Annual report of the Punjab Veterinary College and of the Civil Veterinary Department, Punjab - 1909-1919
Year: 1909
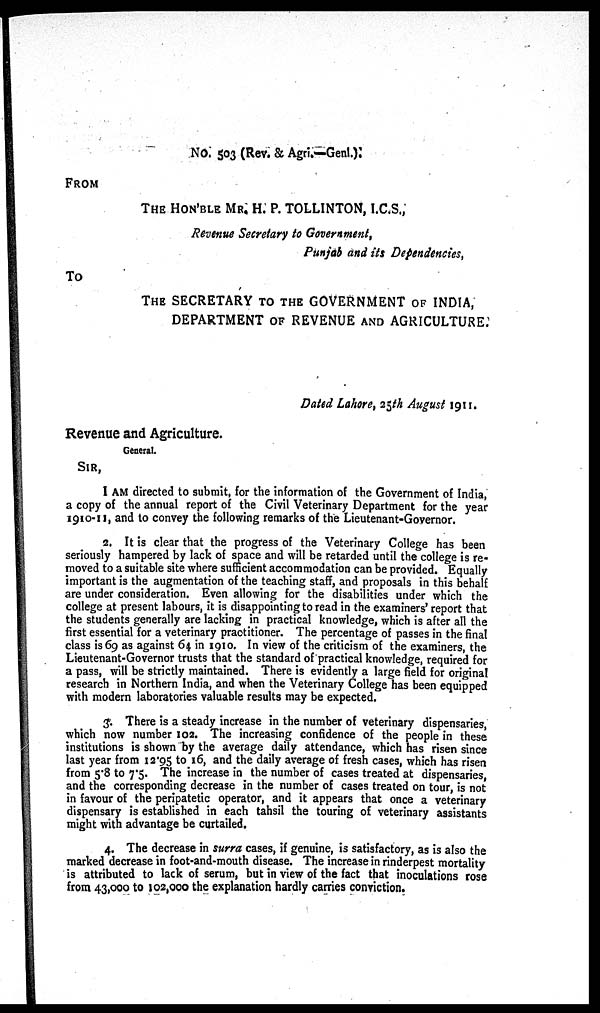
NO. 503 (Rev. & Agri.—Genl.):
FROM
THE HON'BLE MR. H. P. TOLLINTON, I.C.S.,
Revenue Secretary to Government,
Punjab and its Dependencies,
To
THE SECRETARY TO THE GOVERNMENT OF INDIA,
DEPARTMENT OF REVENUE AND AGRICULTURE.
Dated Lahore, 25th August 1911.
Revenue and Agriculture.
General.
SIR,
I AM directed to submit, for the information of the Government of India,
a copy of the annual report of the Civil Veterinary Department for the year
1910-11, and to convey the following remarks of the Lieutenant-Governor.
2. It is clear that the progress of the Veterinary College has been
seriously hampered by lack of space and will be retarded until the college is re-
moved to a suitable site where sufficient accommodation can be provided. Equally
important is the augmentation of the teaching staff, and proposals in this behalf
are under consideration. Even allowing for the disabilities under which the
college at present labours, it is disappointing to read in the examiners' report that
the students generally are lacking in practical knowledge, which is after all the
first essential for a veterinary practitioner. The percentage of passes in the final
class is 69 as against 64 in 1910. In view of the criticism of the examiners, the
Lieutenant-Governor trusts that the standard of practical knowledge, required for
a pass, will be strictly maintained. There is evidently a large field for original
research in Northern India, and when the Veterinary College has been equipped
with modern laboratories valuable results may be expected.
3. There is a steady increase in the number of veterinary dispensaries,
which now number 102. The increasing confidence of the people in these
institutions is shown by the average daily attendance, which has risen since
last year from 12.95 to 16, and the daily average of fresh cases, which has risen
from 5.8 to 7.5. The increase in the number of cases treated at dispensaries,
and the corresponding decrease in the number of cases treated on tour, is not
in favour of the peripatetic operator, and it appears that once a veterinary
dispensary is established in each tahsil the touring of veterinary assistants
might with advantage be curtailed.
4. The decrease in surra cases, if genuine, is satisfactory, as is also the
marked decrease in foot-and-mouth disease. The increase in rinderpest mortality
is attributed to lack of serum, but in view of the fact that inoculations rose
from 43,000 to 102,000 the explanation hardly carries conviction.